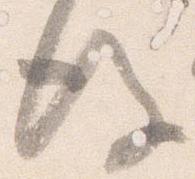
後